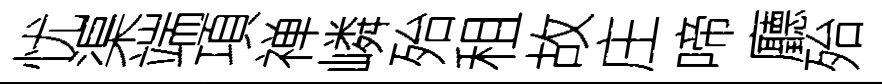
忧渠端項禅嶙殆租故庄啼廳殆